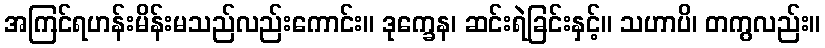
အကြင်ရဟန်းမိန်းမသည်လည်းကောင်း။ ဒုက္ခေန၊ ဆင်းရဲခြင်းနှင့်။ သဟာပိ၊ တကွလည်း။